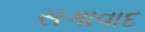
સગાવાદ